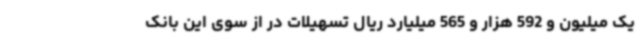
یک میلیون و 592 هزار و 565 میلیارد ریال تسهیلات در از سوی این بانک